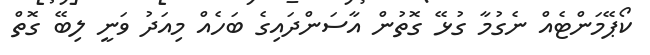
ކޯޕޭމަންޓެއް ނެގުމާ ގުޅޭ ގޮތުން އާސަންދައިގެ ބަހެއް މިއަދު ވަނީ ލިބޭ ގޮތް